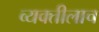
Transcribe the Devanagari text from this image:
व्यक्तीलाच